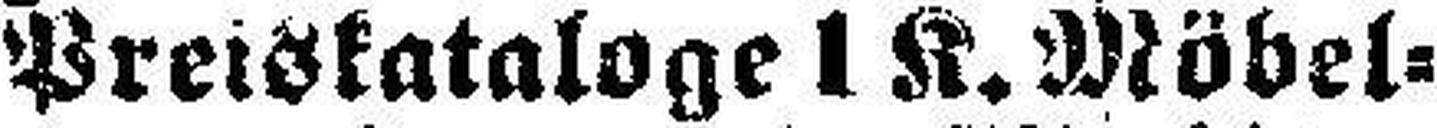
Preiskataloge 1 K. Möbel¬